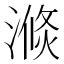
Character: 𱨕